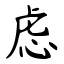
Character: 虑